system: You are a helpful assistant.
user:
Analyze the provided spectrum to determine if it is a **Carbon Star (C-type)**.

- **Key Visual Indicators of Carbon Star:**
    - **(Primary):** Strong molecular absorption from **C₂ (diatomic carbon) "Swan Bands."** This is the **defining feature** of a carbon star.
        - **(Key Bandheads):** Sharp absorption edges are visible at approximately $5635$ Å, $5165$ Å (the strongest band), and $4737$ Å.
        - **(Line Profile):** Creates a distinct **"saw-tooth"** pattern. The key morphology is a sharp, steep bandhead on the **red (long-wavelength) side**, which then gradually tapers off (i.e., flux recovers) towards the **blue (short-wavelength) side**. *(This is the direct opposite of the TiO bands seen in M-type stars)*.

    - **(Secondary):** Intense **CN (cyanogen)** molecular absorption bands.
        - **(Key Bandheads):** Located in the blue and violet regions of the spectrum (e.g., near $4215$ Å and $3883$ Å).
        - **(Morphology):** These bands are extremely broad and act as a "blanket," absorbing the vast majority of blue and violet light. This creates a characteristic **"cliff"** or **"steep drop-off"** in the spectrum's flux at short wavelengths.

    - **(Key Confirmation):** Strong **CH absorption band (G-band)**.
        - **(Key Bandhead):** Located around $4300$ Å. The contribution from CH molecules to this band is exceptionally strong.

    - **(Overall Spectrum):**
        - The continuum is severely "chopped up" by these deep molecular bands, especially C₂, rather than appearing as a smooth curve.
        - Due to the heavy CN and C₂ absorption in the blue-green, the vast majority of the star's flux is concentrated in the red part of the spectrum, giving the star its characteristic deep red color.

Think first, call **spectral_visualization_tool** if needed to examine features in detail, then provide your final answer. Your response must adhere to the following strict rules:
1.  **Overall Structure:** Your response must follow the format `<think>...</think> <tool_call>...</tool_call> (if a tool is used) <answer>...</answer>`.
2.  **Tool Usage Constraint:** You may only make **one** tool call per turn.
3.  **Final Answer Format:** In the `<answer>` tag, your conclusion must be inside a `\boxed{}` command (e.g., `\boxed{YES}`), followed by your justification.

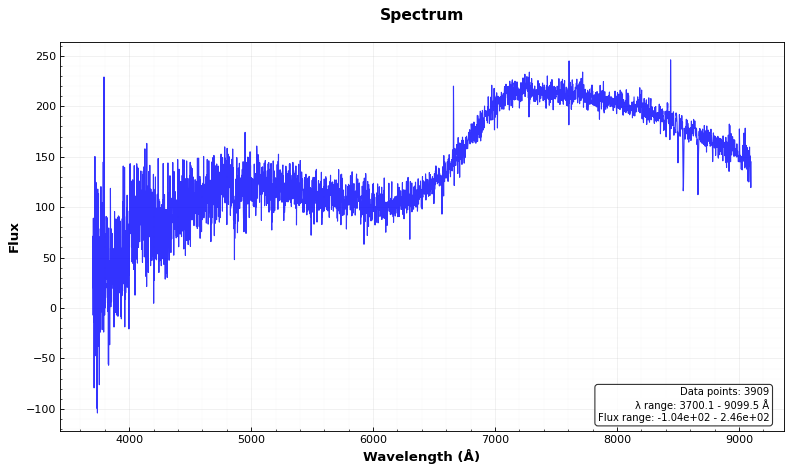
Answer: NO